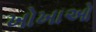
ખોખાઓ